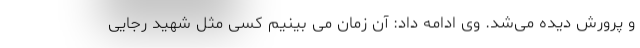
و پرورش دیده می‌شد. وی ادامه داد: آن زمان می بینیم کسی مثل شهید رجایی